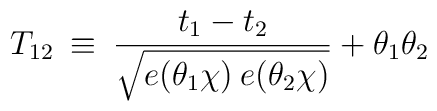
T_{12} \> \equiv \> \frac{t_1 - t_2}{\sqrt{ e(\theta_1 \chi)\> e(\theta_2 \chi)}} + \theta_1 \theta_2